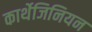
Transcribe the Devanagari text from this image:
कार्थेजिनियन